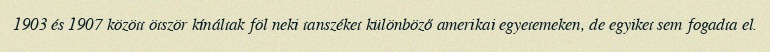
1903 és 1907 között ötször kínáltak föl neki tanszéket különböző amerikai egyetemeken, de egyiket sem fogadta el.